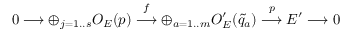
0 \longrightarrow \oplus _ { j = 1 . . s } O _ { E } ( p ) \stackrel { f } { \longrightarrow } \oplus _ { a = 1 . . m } O _ { E } ^ { \prime } ( { \tilde { q } _ { a } } ) \stackrel { p } { \longrightarrow } { \cal E ^ { \prime } } \longrightarrow 0